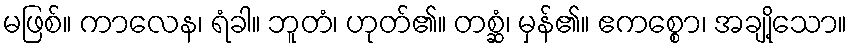
မဖြစ်။ ကာလေန၊ ရံခါ။ ဘူတံ၊ ဟုတ်၏။ တစ္ဆံ၊ မှန်၏။ ဧကစ္စော၊ အချို့သော။